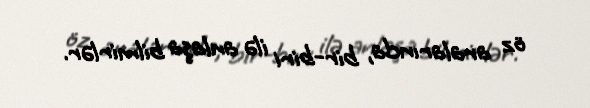
öz aralarında, bir-biri ilə anlaşa bilmirlər.